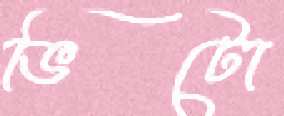
ভিটো